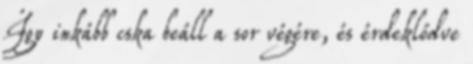
Így inkább cska beáll a sor végére, és érdeklődve